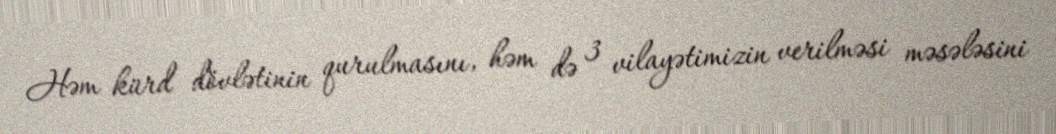
Həm kürd dövlətinin qurulmasını, həm də 3 vilayətimizin verilməsi məsələsini